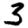
Digit: 3